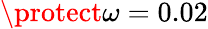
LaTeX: \protect\omega=0.02